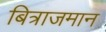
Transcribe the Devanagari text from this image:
बित्राजमान